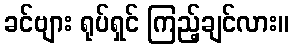
ခင်ဗျား ရုပ်ရှင် ကြည့်ချင်လား။